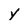
Character: y